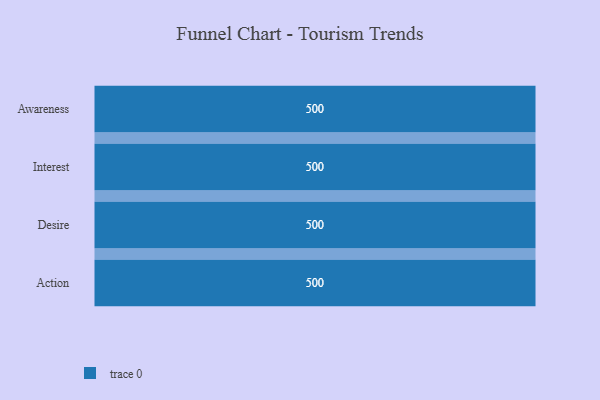
{"axis": {"x": "Stage", "y": "Value"}, "legend": [""], "data": [{"x": "Awareness", "y": 500, "type": ""}, {"x": "Interest", "y": 500, "type": ""}, {"x": "Desire", "y": 500, "type": ""}, {"x": "Action", "y": 500, "type": ""}]}